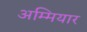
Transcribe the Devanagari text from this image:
अम्मियार